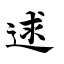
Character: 逑